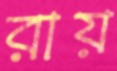
রায়